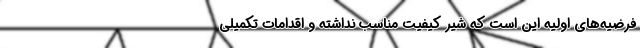
فرضیه‌های اولیه این است که شیر کیفیت مناسب نداشته و اقدامات تکمیلی